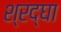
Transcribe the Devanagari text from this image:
श्रद्घा